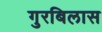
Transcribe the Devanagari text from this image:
गुरबिलास